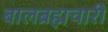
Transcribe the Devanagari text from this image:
बालब्रह्मचारी